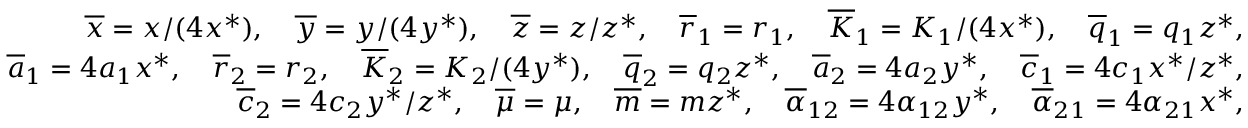
\begin{array} { r } { \overline { x } = x / ( 4 x ^ { * } ) , \quad \overline { y } = y / ( 4 y ^ { * } ) , \quad \overline { z } = z / z ^ { * } , \quad \overline { r } _ { 1 } = r _ { 1 } , \quad \overline { K } _ { 1 } = K _ { 1 } / ( 4 x ^ { * } ) , \quad \overline { q } _ { 1 } = q _ { 1 } z ^ { * } , } \\ { \overline { a } _ { 1 } = 4 a _ { 1 } x ^ { * } , \quad \overline { r } _ { 2 } = r _ { 2 } , \quad \overline { K } _ { 2 } = K _ { 2 } / ( 4 y ^ { * } ) , \quad \overline { q } _ { 2 } = q _ { 2 } z ^ { * } , \quad \overline { a } _ { 2 } = 4 a _ { 2 } y ^ { * } , \quad \overline { c } _ { 1 } = 4 c _ { 1 } x ^ { * } / z ^ { * } , } \\ { \overline { c } _ { 2 } = 4 c _ { 2 } y ^ { * } / z ^ { * } , \quad \overline { \mu } = \mu , \quad \overline { m } = m z ^ { * } , \quad \overline { \alpha } _ { 1 2 } = 4 \alpha _ { 1 2 } y ^ { * } , \quad \overline { \alpha } _ { 2 1 } = 4 \alpha _ { 2 1 } x ^ { * } , } \end{array}